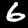
Label: 6